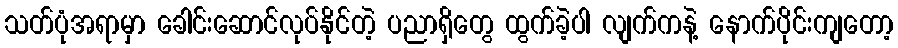
သတ်ပုံအရာမှာ ခေါင်းဆောင်လုပ်နိုင်တဲ့ ပညာရှိတွေ ထွက်ခဲ့ပါ လျက်ကနဲ့ နောက်ပိုင်းကျတော့